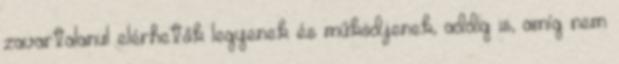
zavartalanul elérhetők legyenek és működjenek, addig is, amíg nem